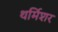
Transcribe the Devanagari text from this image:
थर्मिशर